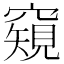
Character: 𥨖